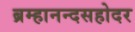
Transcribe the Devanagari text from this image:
ब्रम्हानन्दसहोदर